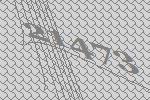
21473